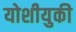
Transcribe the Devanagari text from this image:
योशीयुकी